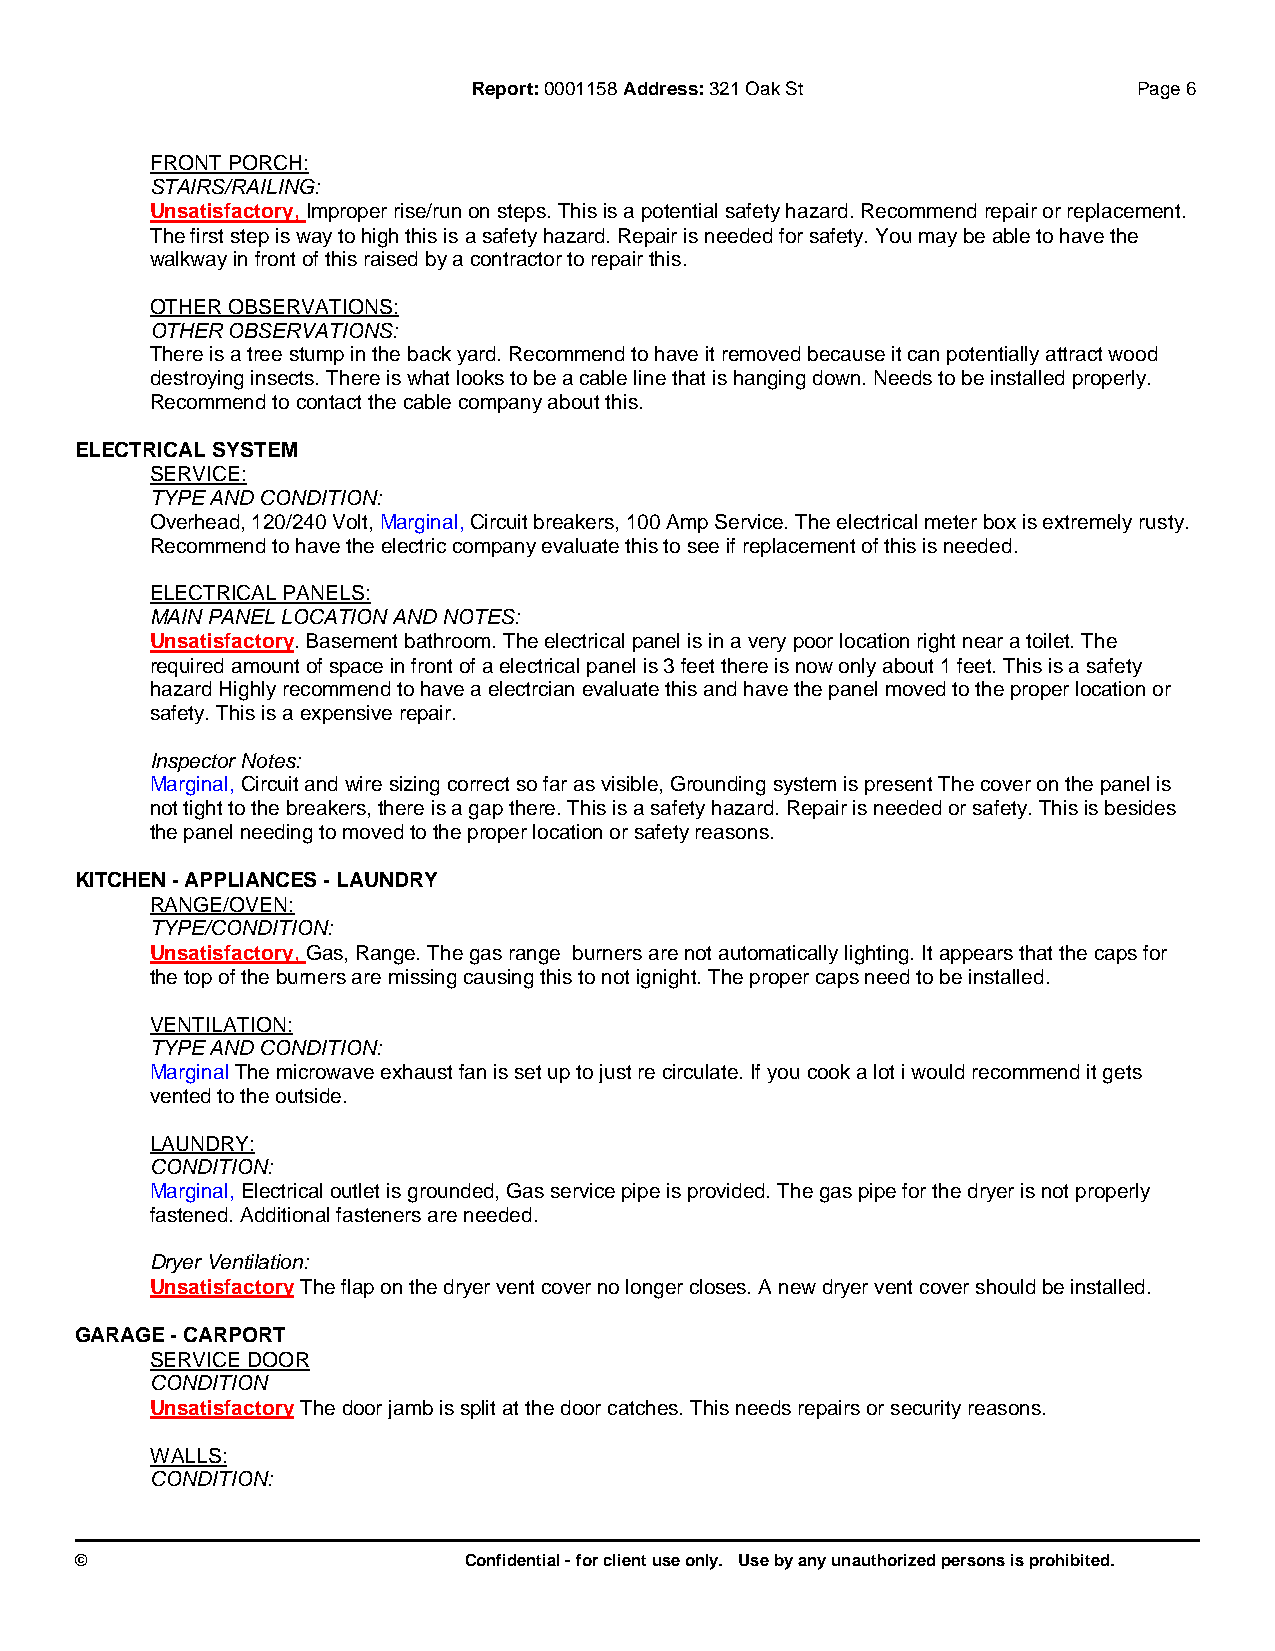
Report:0001158 Address:321 Oak St           Page 6
 FRONT PORCH:
 STAIRS/RAILING:
 Unsatisfactory, Improper rise/run on steps. This is a potential safety hazard. Recommend repair or replacement.
 The first step is way to high this is a safety hazard. Repair is needed for safety. You may be able to have the
 walkway in front of this raised by a contractor to repair this.
 OTHER OBSERVATIONS:
 OTHER OBSERVATIONS:
 There is a tree stump in the back yard. Recommend to have it removed because it can potentially attract wood
 destroying insects. There is what looks to be a cable line that is hanging down. Needs to be installed properly.
 Recommend to contact the cable company about this.
 ELECTRICAL SYSTEM
 SERVICE:
 TYPE AND CONDITION:
 Overhead, 120/240 Volt, Marginal, Circuit breakers, 100 Amp Service. The electrical meter box is extremely rusty.
 Recommend to have the electric company evaluate this to see if replacement of this is needed.
 ELECTRICAL PANELS:
 MAIN PANEL LOCATION AND NOTES:
 Unsatisfactory. Basement bathroom. The electrical panel is in a very poor location right near a toilet. The
 required amount of space in front of a electrical panel is 3 feet there is now only about 1 feet. This is a safety
 hazard Highly recommend to have a electrcian evaluate this and have the panel moved to the proper location or
 safety. This is a expensive repair.
 Inspector Notes:
 Marginal, Circuit and wire sizing correct so far as visible, Grounding system is present The cover on the panel is
 not tight to the breakers, there is a gap there. This is a safety hazard. Repair is needed or safety. This is besides
 the panel needing to moved to the proper location or safety reasons.
 KITCHEN - APPLIANCES - LAUNDRY
 RANGE/OVEN:
 TYPE/CONDITION:
 Unsatisfactory, Gas, Range. The gas range burners are not automatically lighting. It appears that the caps for
 the top of the burners are missing causing this to not ignight. The proper caps need to be installed.
 VENTILATION:
 TYPE AND CONDITION:
 MarginalThe microwave exhaust fan is set up to just re circulate. If you cook a lot i would recommend it gets
 vented to the outside.
 LAUNDRY:
 CONDITION:
 Marginal, Electrical outlet is grounded, Gas service pipe is provided. The gas pipe for the dryer is not properly
 fastened. Additional fasteners are needed.
 Dryer Ventilation:
 UnsatisfactoryThe flap on the dryer vent cover no longer closes. A new dryer vent cover should be installed.
 GARAGE - CARPORT
 SERVICE DOOR
 CONDITION
 UnsatisfactoryThe door jamb is split at the door catches. This needs repairs or security reasons.
 WALLS:
 CONDITION:
 ©                         Confidential - for client use only. Use by any unauthorized persons is prohibited.